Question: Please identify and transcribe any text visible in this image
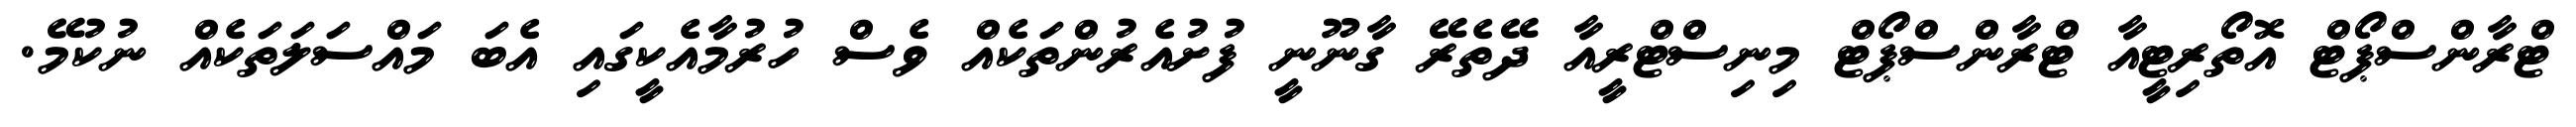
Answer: ޓްރާންސްޕޯޓް އޮތޯރިޓީއާ ޓްރާންސްޕޯޓް މިނިސްޓްރީއާ ދޭތެރޭ ގާނޫނީ ފުށުއެރުންތަކެއް ވެސް ހުރުމާއެކީގައި އެބަ މައްސަލަތަކެއް ނުކުމޭ.